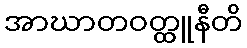
အာဃာတဝတ္ထူနီတိ